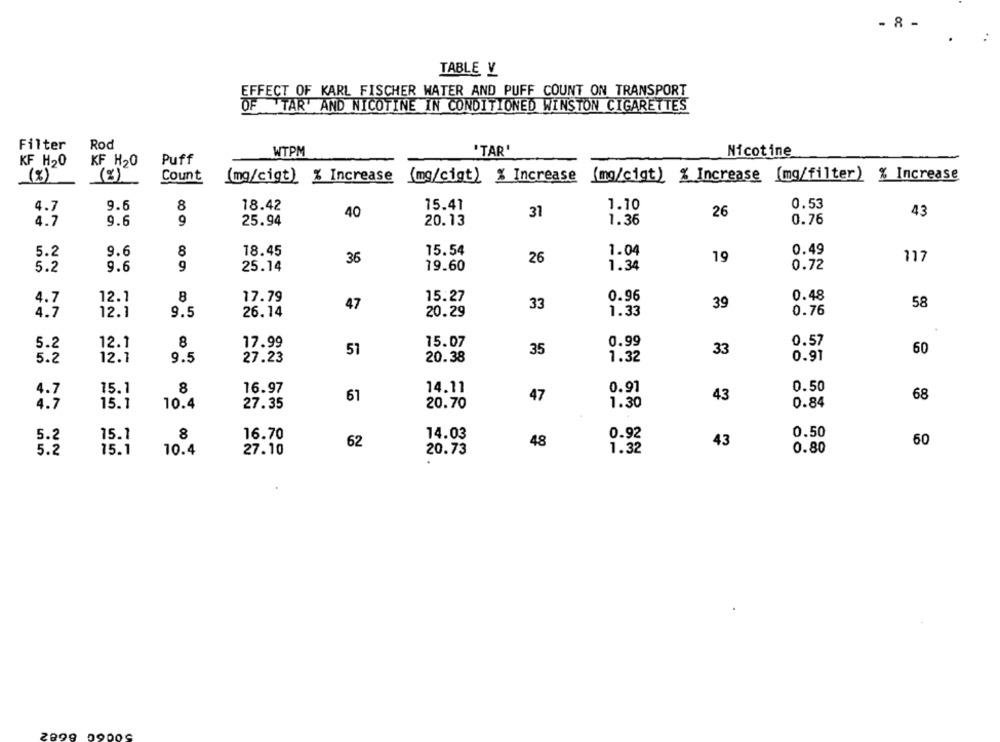
- 8 -
TABLE V
EFFECT OF KARL FISCHER WATER AND PUFF COUNT ON TRANSPORT
OF TAR' AND NICOTINE IN CONDITIONED WINSTON CIGARETTES
Filter
Rod
WTPM
'TAR'
Nicotine
KF H20
KF H20
Puff
(%)
(%)
Count
(mg/cigt) % Increase
(mg/cigt) % Increase
(mg/cigt) % Increase [mg/filter) % Increase
4.7
9.5
8
18.42
15.41
1.10
0.53
40
31
26
43
4.7
9.6
9
25.94
20.13
1.36
0.76
9.6
8
18.45
15.54
1.04
0.49
5.2
36
26
19
117
9.6
9
25.14
19.60
1.34
0.72
5.2
8
0.96
0.48
4.7
12.1
17.79
47
15.27
33
39
58
26.14
1.33
0.76
4.7
12.1
9.5
20.29
8
15.07
0.99
5.2
12.1
17.99
35
0.57
60
51
33
0.91
5.2
12.1
9.5
27.23
20.38
1.32
4.7
15.1
8
16.97
14.11
0.91
0.50
61
47
43
68
4.7
15.1
10.4
27.35
20.70
1.30
0.84
5.2
15.1
8
16.70
14.03
0.92
0.50
62
48
43
60
5.2
15.1
10.4
27.10
20.73
1.32
0.80
2099